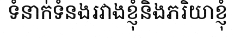
ទំនាក់ទំនងរវាងខ្ញុំនិងភរិយាខ្ញុំ